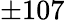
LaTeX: \pm 107